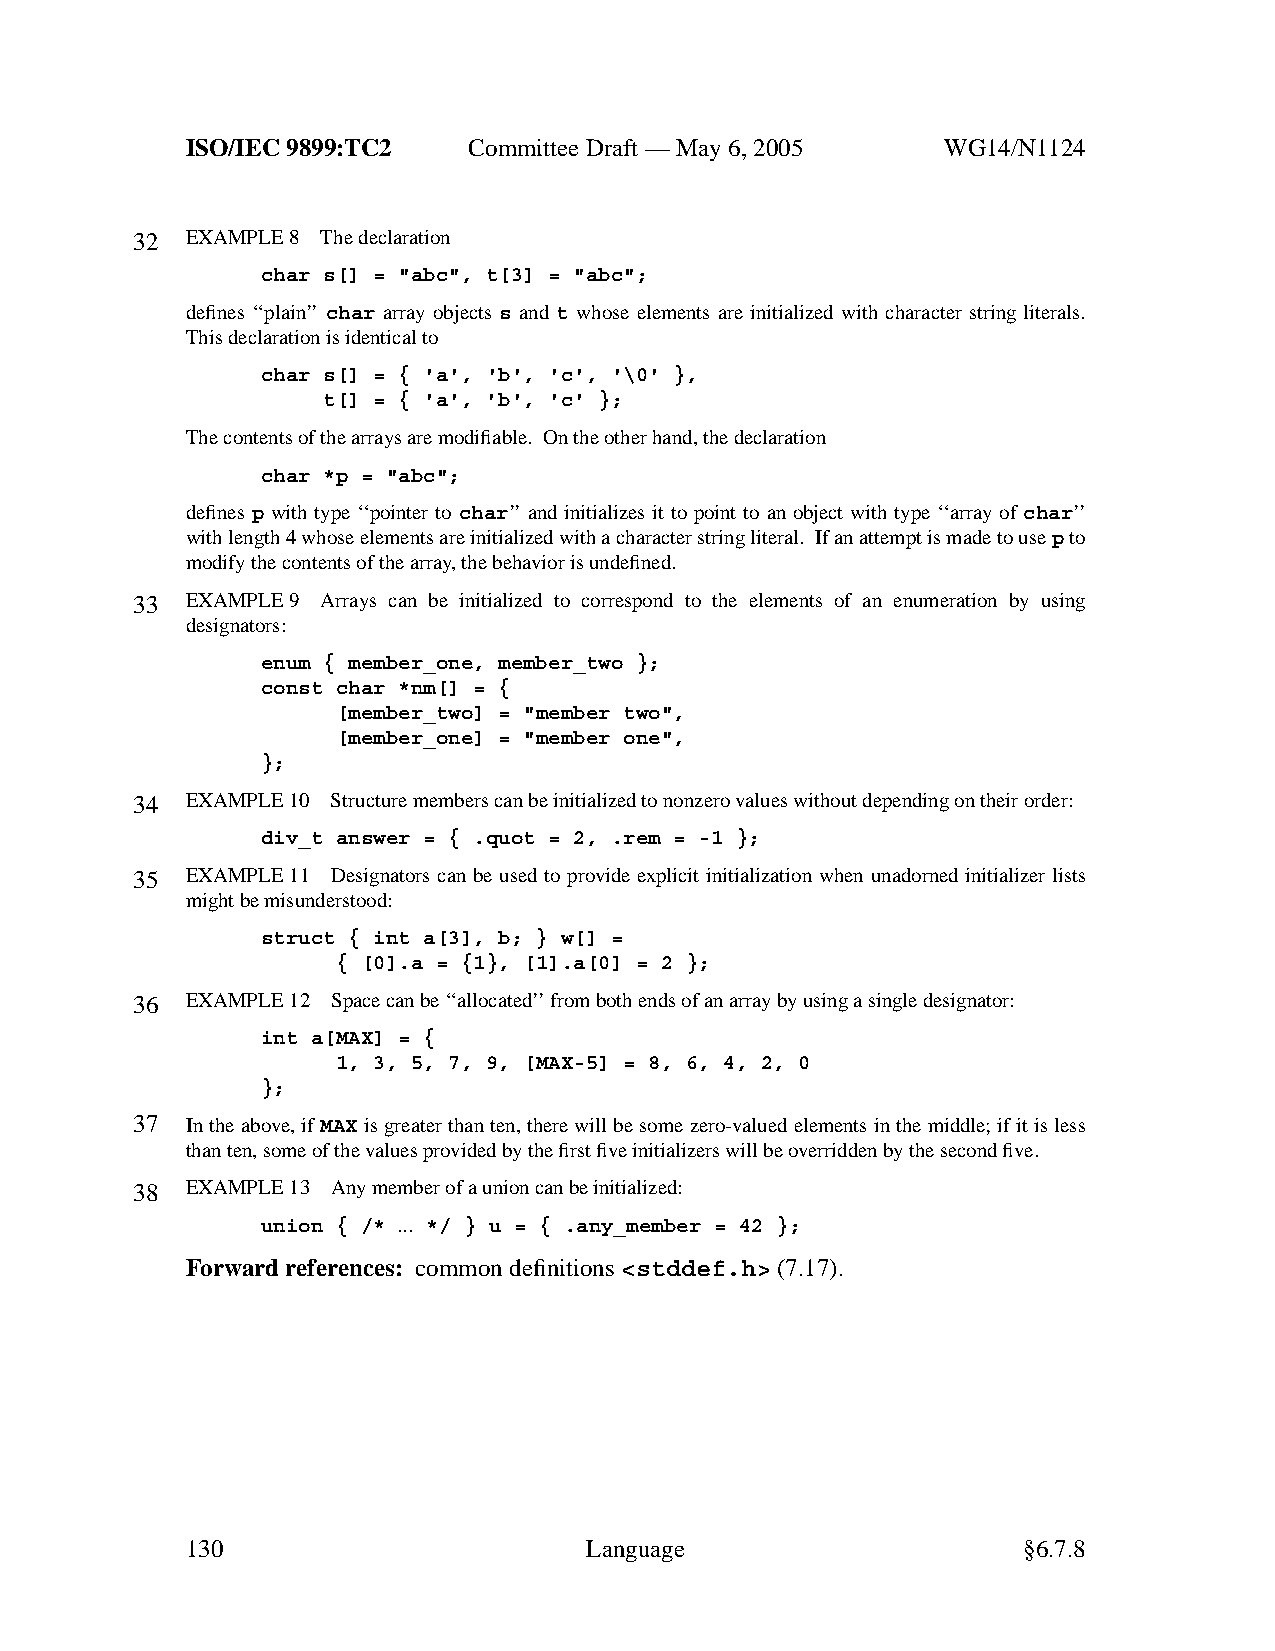
ISO/IEC 9899:TC2   Committee Draft — May 6, 2005   WG14/N1124
 32 EXAMPLE 8 The declaration
 char s[] = "abc", t[3] = "abc";
 defines ‘‘plain’’ char array objects s and t whose elements are initialized with character string literals.
 This declaration is identical to
 char s[] = { 'a', 'b', 'c', '\0' },
 t[] = { 'a', 'b', 'c' };
 The contents of the arrays are modifiable. On the other hand, the declaration
 char *p = "abc";
 defines p with type ‘‘pointer to char’’ and initializes it to point to an object with type ‘‘array of char’’
 with length 4 whose elements are initialized with a character string literal. If an attempt is made to usepto
 modify the contents of the array,the behavior is undefined.
 33 EXAMPLE 9 Arrays can be initialized to correspond to the elements of an enumeration by using
 designators:
 enum { member_one, member_two };
 const char *nm[] = {
 [member_two] = "member two",
 [member_one] = "member one",
 };
 34 EXAMPLE 10 Structure members can be initialized to nonzero values without depending on their order:
 div_t answer = { .quot = 2, .rem = -1 };
 35 EXAMPLE 11 Designators can be used to provide explicit initialization when unadorned initializer lists
 might be misunderstood:
 struct { int a[3], b; } w[] =
 { [0].a = {1}, [1].a[0] = 2 };
 36 EXAMPLE 12 Space can be ‘‘allocated’’from both ends of an array by using a single designator:
 int a[MAX] = {
 1, 3, 5, 7, 9, [MAX-5] = 8, 6, 4, 2, 0
 };
 37 In the above,ifMAXis greater than ten, there will be some zero-valued elements in the middle; if it is less
 than ten, some of the values provided by the first fiveinitializers will be overridden by the second five.
 38 EXAMPLE 13 Anymember of a union can be initialized:
 union { /* ... */ } u = { .any_member = 42 };
 Forward references: common definitions <stddef.h> (7.17).
 130                        Language                     §6.7.8